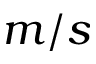
m / s